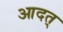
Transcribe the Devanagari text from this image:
आदत्